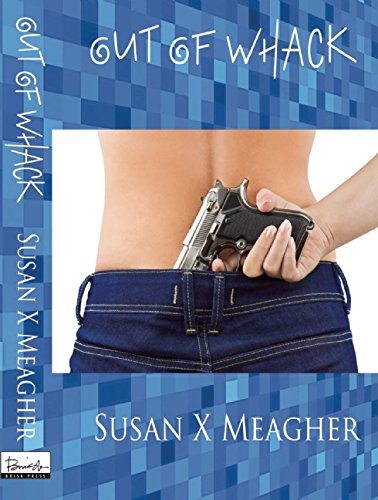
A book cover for Out of Whack; Susan X Meagher; Romance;